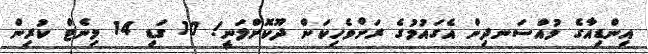
އިންޑިއާގެ މުއްސަނދިން އެގައުމުގެ ރަށްވެހިކަން ދޫކޮށްލަނީ! 10 ގަޑި 14 މިނެޓް ކުރިން